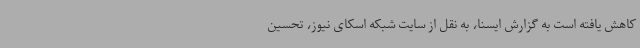
کاهش یافته است به گزارش ایسنا، به نقل از سایت شبکه اسکای نیوز، تحسین